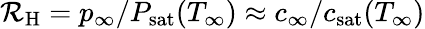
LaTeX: \mathcal{R}_{\mathrm{H}}=p_{\infty}/P_{\mathrm{sat}}(T_{\infty})\approx c_{\infty}/c_{\mathrm{sat}}(T_{\infty})